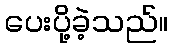
ပေးပို့ခဲ့သည်။